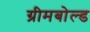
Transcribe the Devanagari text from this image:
ग्रीमबोल्ड